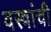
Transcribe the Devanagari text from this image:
वस्त्रांची